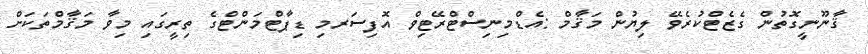
ޤާނޫނީގޮތުން ގެޒެޓްކުރެވޭ ލިޔުން މަޤާމް :އެޑްމިނިސްޓްރޭޓިވް އޮފިސަރމި ޑިޕާޓްމަންޓްގެ ތިރީގައި މިވާ މަޤާމްތަކަށް